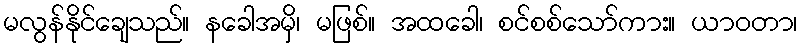
မလွန်နိုင်ချေသည်။ နခေါအမှိ၊ မဖြစ်။ အထခေါ၊ စင်စစ်သော်ကား။ ယာဝတာ၊